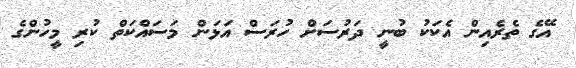
އޭގެ ތެރެއިން އެކަކު ބުނީ ދަރުސަށް ހުރަސް އަޅަން މަސައްކަތް ކުރި މީހުންގެ